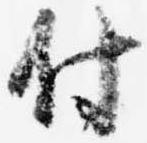
付